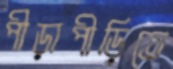
পীড়াপীড়িতে